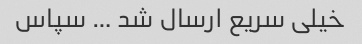
خیلی سریع ارسال‌ شد … سپاس